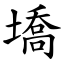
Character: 墧